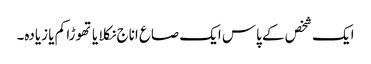
ایک شخص کے پاس ایک صاع اناج نکلا یا تھوڑا کم یا زیادہ۔